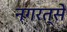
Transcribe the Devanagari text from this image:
नगरत्से